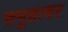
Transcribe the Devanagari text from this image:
समूहावर